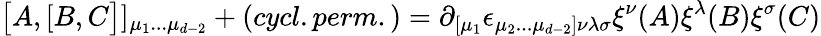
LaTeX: \bigl\lbrack A,\lbrack B,C\bigr\rbrack\rbrack_{\mu_{1}...\mu_{d-2}}+(cycl.perm.)=\partial_{\lbrack\mu_{1}}\epsilon_{\mu_{2}...\mu_{d-2}\rbrack\nu\lambda\sigma}\xi^{\nu}(A)\xi^{\lambda}(B)\xi^{\sigma}(C)